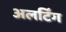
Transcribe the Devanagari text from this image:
अलर्टिंग